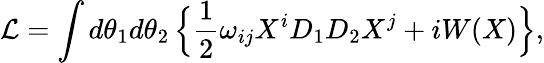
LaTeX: {\cal L}=\int d\theta_{1}d\theta_{2}\, \Bigl\{ \frac{1}{2}\omega_{ij}X^{i}D_{1}D_{2}X^{j}+iW(X)\Bigr\} ,